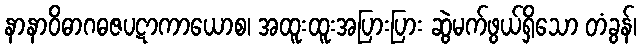
နာနာဝိဓာဂဓဇပဋာကာယောစ၊ အထူးထူးအပြားပြား ဆွဲမက်ဖွယ်ရှိသော တံခွန်၊